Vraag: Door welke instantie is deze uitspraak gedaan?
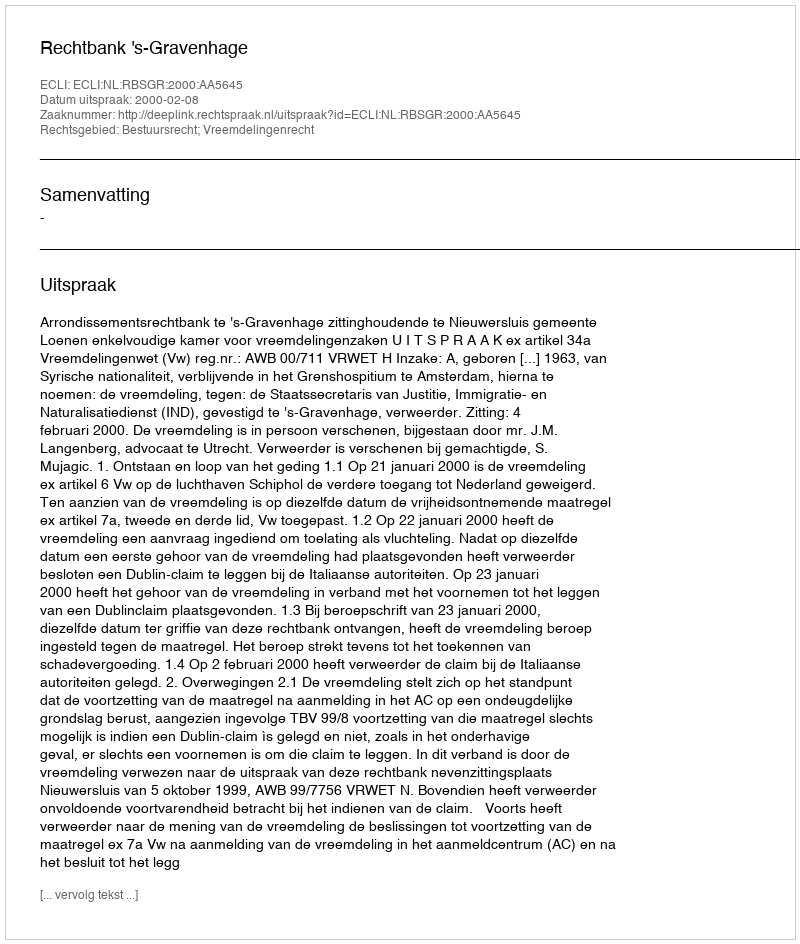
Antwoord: Rechtbank 's-Gravenhage